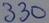
Text: 330